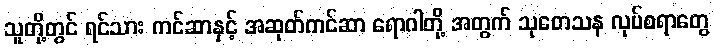
သူတို့တွင် ရင်သား ကင်ဆာနှင့် အဆုတ်ကင်ဆာ ရောဂါတို့ အတွက် သုတေသန လုပ်စရာတွေ